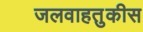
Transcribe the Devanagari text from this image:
जलवाहतुकीस